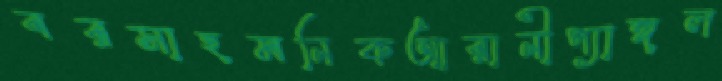
বরসাহমনিকআরানীপ্যাঙ্গল